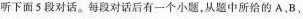
听下面5段对话。每段对话后有一个小题，从题中所给的A，B、